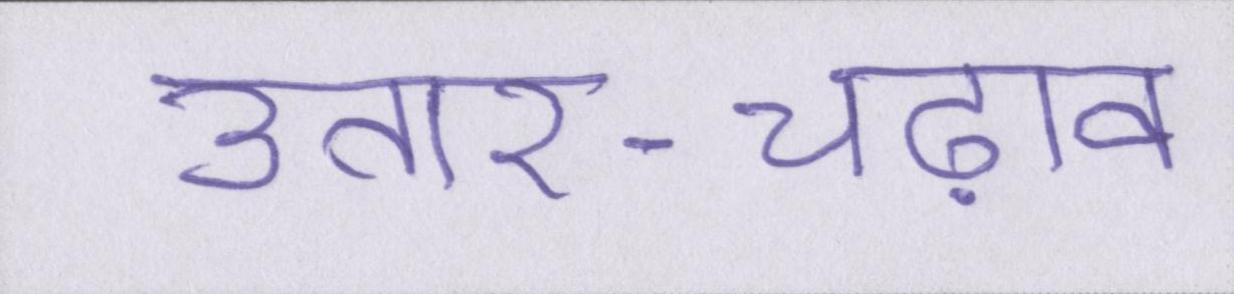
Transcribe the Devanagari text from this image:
उतार-चढ़ाव